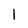
Character: 1